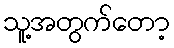
သူ့အတွက်တော့